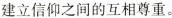
建立信仰之间的互相尊重。